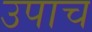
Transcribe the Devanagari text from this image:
उपाच